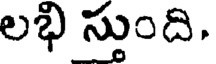
లభి స్తుంది.